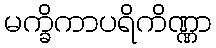
မက္ခိကာပရိကိဏ္ဏာ